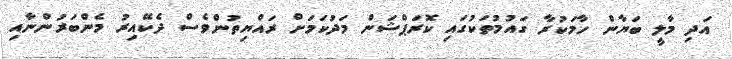
އަދި މާލީ ބަޔާން ހާމަކުރާ ގައުމުތަކުގައި ކޮރަޕްޝަން މަދުކަމަށް ރައްޔިތުންވެސް ދެކޭއިރު މެންބަރުންނާއި